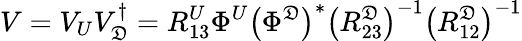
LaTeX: V=V_{U}V_{\mathfrak{D}}^{\dagger}=R_{13}^{U}\Phi^{U}\left(\Phi^{\mathfrak{D}}\right)^{\ast}\left(R_{23}^{\mathfrak{D}}\right)^{-1}\left(R_{12}^{\mathfrak{D}}\right)^{-1}